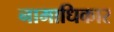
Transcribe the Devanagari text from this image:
नामाधिकार